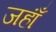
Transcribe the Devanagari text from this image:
जहाँं